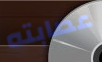
عصابته